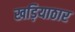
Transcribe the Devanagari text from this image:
खड़ियाठार